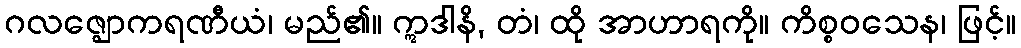
ဂလဇ္ဈောကရဏီယံ၊ မည်၏။ ဣဒါနိ, တံ၊ ထို အာဟာရကို။ ကိစ္စဝသေန၊ ဖြင့်။